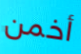
أخمن